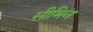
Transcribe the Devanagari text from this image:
सीमिन